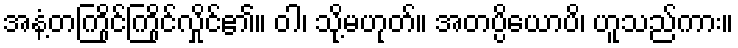
အနံ့တကြိုင်ကြိုင်လှိုင်၏။ ဝါ၊ သို့မဟုတ်။ အတပ္ပိယောပိ၊ ဟူသည်ကား။